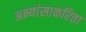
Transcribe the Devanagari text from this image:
अभ्यांसाकरिता